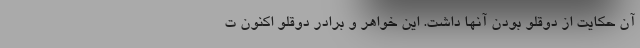
آن حکایت از دوقلو بودن آنها داشت. این خواهر و برادر دوقلو اکنون ت